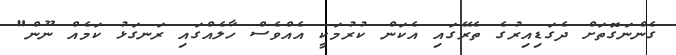
ގެންނަގޮތަށް ދެގަޑިއިރުގެ ތެރޭގައި އެކަން ކުރުމަކީ އެއްވެސް ހާލެއްގައި ރަނގަޅު ކަމެއް ނޫން"